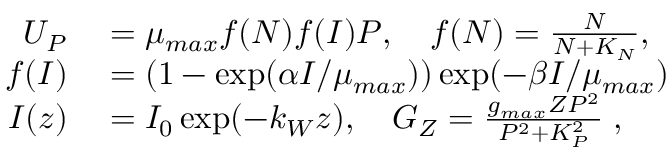
\begin{array} { r l } { U _ { P } } & { { } = \mu _ { m a x } f ( N ) f ( I ) P , \quad f ( N ) = \frac { N } { N + K _ { N } } , } \\ { f ( I ) } & { { } = ( 1 - \exp ( \alpha I / \mu _ { m a x } ) ) \exp ( - \beta I / \mu _ { m a x } ) } \\ { I ( z ) } & { { } = I _ { 0 } \exp ( - k _ { W } z ) , \quad G _ { Z } = \frac { g _ { m a x } Z P ^ { 2 } } { P ^ { 2 } + K _ { P } ^ { 2 } } \; , } \end{array}